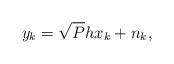
LaTeX: \begin{align*}y_{k} = \sqrt{P}hx_{k} + n_{k},\end{align*}